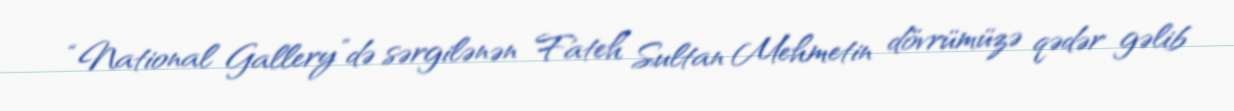
“National Gallery”də sərgilənən Fateh Sultan Mehmetin dövrümüzə qədər gəlib